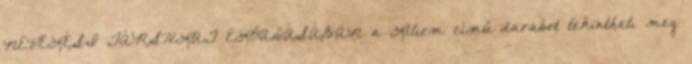
NEVELÉSI TÁRSULAT ELŐADÁSÁBAN a Liliom című darabot tekintheti meg